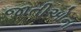
જાતીઓના